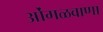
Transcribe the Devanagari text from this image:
ओंगळवाणा